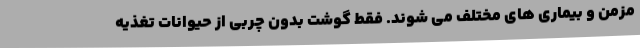
مزمن و بیماری های مختلف می شوند. فقط گوشت بدون چربی از حیوانات تغذیه